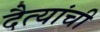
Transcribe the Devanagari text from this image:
दैत्यांची